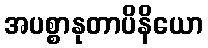
အပစ္စာနုတာပိနိယော